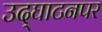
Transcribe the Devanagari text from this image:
उद्‌घाटनपर